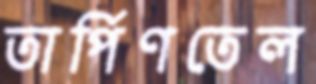
তার্পিণতেল